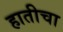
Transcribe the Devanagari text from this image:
हातीचा